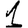
Digit: 1